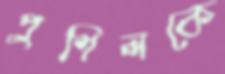
পুশিলকে